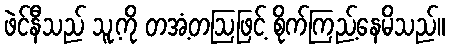
ဖဲင်နီသည် သူ့ကို တအံ့တဩဖြင့် စိုက်ကြည့်နေမိသည်။